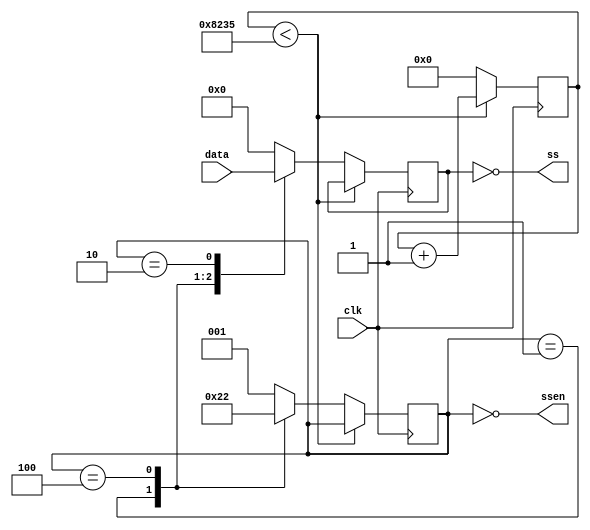
module sevenseg(
    input clk,

    input  [23:0] data,
    output [ 7:0] ss,
    output [ 2:0] ssen
);

    // Clock divider parameters
	parameter rate  = 1000;
	parameter clk_f = 100000000;
	parameter clk_d = clk_f / (rate * 3);

    reg [31:0] c;
    reg [2:0] digit = 3'b0;
    reg [7:0] segments;
    always @(posedge clk) begin
        if (c < clk_d)
            c <= c + 1;
        else begin
            c <= 0;

            case (digit)
                3'b001: begin
                    segments <= data[23:16];
                    digit <= 3'b100;
                end
                3'b100: begin
                    segments <= data[15:8];
                    digit <= 3'b010;
                end
                3'b010: begin
                    segments <= data[7:0];
                    digit <= 3'b001;
                end
                default: begin
                    segments <= 8'h00;
                    digit <= 3'b001;
                end
            endcase
        end
    end

    assign ss   = ~segments;
    assign ssen = ~digit;

endmodule